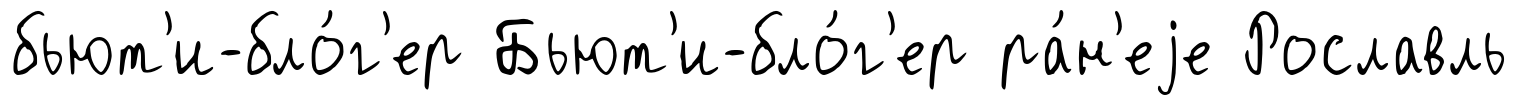
бьют'и-бло́г'ер Бьют'и-бло́г'ер ра́н'еjе Рославль